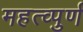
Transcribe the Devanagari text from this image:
महत्व्पुर्ण